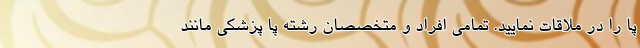
پا را در ملاقات نمایید. تمامی افراد و متخصصان رشته پا پزشکی مانند